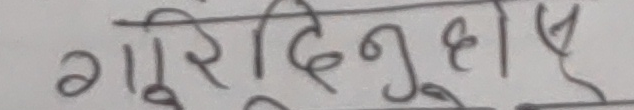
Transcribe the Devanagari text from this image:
गुरुदिनुहोस्